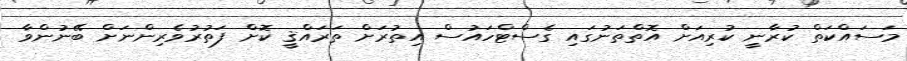
މަސައްކަތް ކުރާނީ ކުރިއަށް އޮތްތަނުގައި ގެސްޓްހައުސް އިތުރަށް ތަރައްޤީ ކޮށް ފަތުރުވެރިންނަށް ބޭނުންވާ